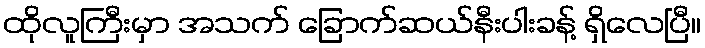
ထိုလူကြီးမှာ အသက် ခြောက်ဆယ်နီးပါးခန့် ရှိလေပြီ။